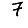
Digit: 7